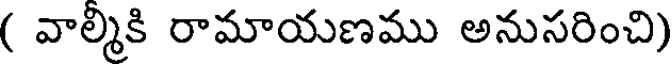
( వాల్మీకి రామాయణము అనుసరించి)